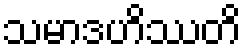
သမာဒဟိဿတိ